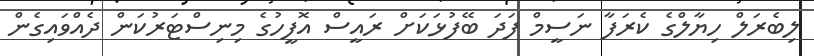
ލިބެރަލް ހިޔާލްގެ ކެރަފާ ނަސީމް ފަދަ ބޭފުޅަކަށް ރައީސް އޮފީހުގެ މިނިސްޓަރުކަން ދެއްވައިގެން